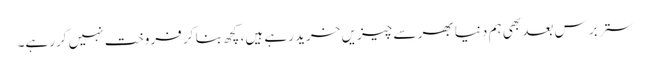
ستر برس بعد بھی ہم دنیا بھر سے چیزیں خرید رہے ہیں، کچھ بنا کر فروخت نہیں کررہے۔